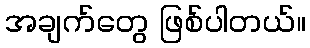
အချက်တွေ ဖြစ်ပါတယ်။